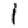
Digit: 1